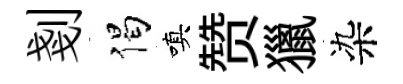
剗偈嗔赞獵染